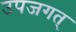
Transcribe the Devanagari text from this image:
उपजगत्